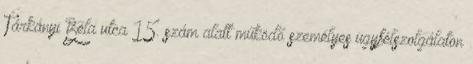
Tárkányi Béla utca 15. szám alatt működő személyes ügyfélszolgálaton